system: You are a helpful assistant.
user:
Analyze the provided spectrum to determine if it is a **White Dwarf (WD)**.

A White Dwarf spectrum is defined by its **extreme purity** (due to gravitational settling) and/or **extreme pressure broadening** (due to high surface gravity). You must check for one of the following mutually exclusive signatures:

- **Key Visual Indicators (Check for ONE of these types):**

    - **1. DA-Type Signature (Most Common):**
        - **(Primary Feature):** Extreme pressure broadening (Stark broadening) of the **Hydrogen (H) Balmer lines**.
        - **(Key Lines):** $H\beta$ (approx. $4861$ Å) and $H\gamma$ (approx. $4340$ Å). $H\alpha$ (approx. $6563$ Å) will also be present if the wavelength range covers it.
        - **(Line Profile):** This is the **defining feature**. The lines are **NOT** sharp. They appear as massive, **extremely broad and deep "troughs" or "dips"** in the spectrum, often hundreds of Ångströms wide. The continuum will appear to "scoop" down at these wavelengths.
        - **(Distinction):** Normal A-type or B-type stars have *narrow* and *sharp* Hydrogen lines. A DA White Dwarf's lines are unmistakably "smeared" or "blurry" from pressure.

    - **2. DB-Type Signature:**
        - **(Primary Feature):** Broad absorption lines from **Neutral Helium (He I)**. The spectrum must lack any visible Hydrogen lines.
        - **(Key Lines):** Look for broad absorption near $4471$ Å, $4921$ Å, and $5876$ Å.
        - **(Line Profile):** These lines are also significantly pressure-broadened, appearing much wider than they would in a normal B-type main-sequence star.

    - **3. DC-Type Signature:**
        - **(Primary Feature):** A **featureless continuous spectrum**.
        - **(Line Profile):** The spectrum is a smooth curve with **no significant absorption or emission lines**.
        - **(Key Confirmation):** The continuum is almost always **blue or white**, indicating a hot object. This signature implies the atmosphere is so pure (or so cool) that no spectral lines are visible in the optical range. Its WD identity is confirmed by its extremely low intrinsic brightness (high absolute magnitude).

    - **4. DZ-Type Signature (Metal-Polluted):**
        - **(Primary Feature):** **Isolated, narrow metal absorption lines** on an otherwise featureless (DC-like) continuum.
        - **(Key Lines):** The **Calcium (Ca II) H & K doublet** (approx. **$3934$ Å** and **$3968$ Å**) is the most common and defining feature.
        - **(Line Profile):** These lines are "out of place." They are *not* part of a "forest" of thousands of lines. This signature is evidence of recent *accretion* (pollution) from rocky debris.
        - **(Distinction):** Normal G/K/M stars have a *dense forest* of thousands of metal lines. A DZ has a *clean* continuum with *only a few* strong metal lines.

    - **5. DQ-Type Signature (Carbon-Polluted):**
        - **(Primary Feature):** Absorption bands from **Carbon (C₂ "Swan Bands" or atomic C I)**.
        - **(Key Lines - C₂):** Look for bandheads with a "saw-tooth" shape near $5635$ Å, **$5165$ Å** (strongest), and $4737$ Å.
        - **(Key Confirmation):** The underlying **continuum must be blue or white** (hot).
        - **(Distinction):** This is the critical difference from a **Carbon Star**, which has the *exact same* C₂ bands but on an extremely **red, cool** continuum.

- **(Overall Spectrum):**
    - The continuum (overall shape) is typically **blue-sloping** (brighter in the blue than the red), as most white dwarfs are very hot.
    - The spectrum will look "pure" or "simple," dominated by only *one* of the five signatures listed above.

Think first, call **spectral_visualization_tool** if needed to examine features in detail, then provide your final answer. Your response must adhere to the following strict rules:
1.  **Overall Structure:** Your response must follow the format `<think>...</think> <tool_call>...</tool_call> (if a tool is used) <answer>...</answer>`.
2.  **Tool Usage Constraint:** You may only make **one** tool call per turn.
3.  **Final Answer Format:** In the `<answer>` tag, your conclusion must be inside a `\boxed{}` command (e.g., `\boxed{YES}` or `\boxed{NO}`), followed by your justification.

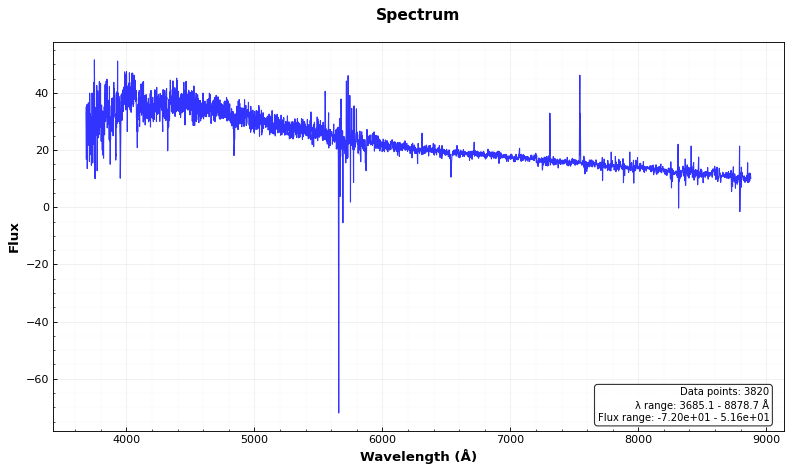
Answer: YES